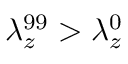
\lambda _ { z } ^ { 9 9 } > \lambda _ { z } ^ { 0 }